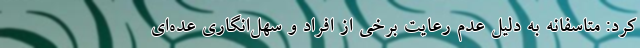
کرد: متاسفانه به دلیل عدم رعایت برخی از افراد و سهل‌انگاری عده‌ای